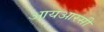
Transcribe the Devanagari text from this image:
आयआरसी